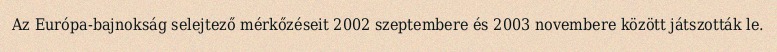
Az Európa-bajnokság selejtező mérkőzéseit 2002 szeptembere és 2003 novembere között játszották le.